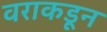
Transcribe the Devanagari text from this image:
वराकडून